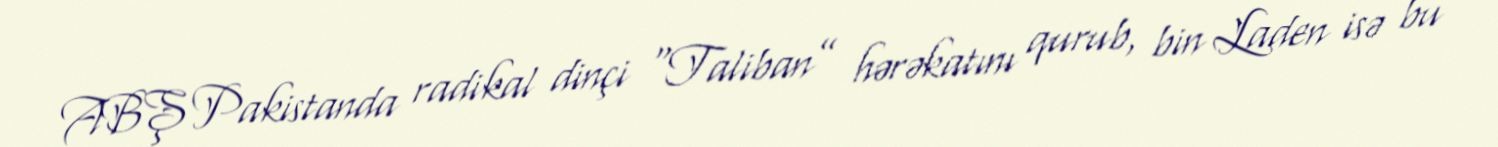
ABŞ Pakistanda radikal dinçi “Taliban” hərəkatını qurub, bin Laden isə bu